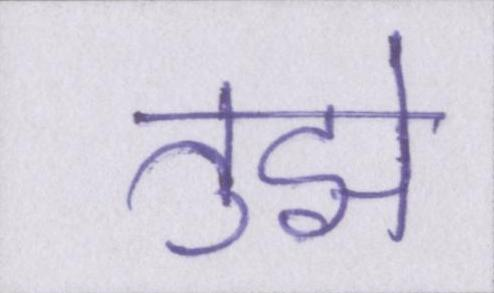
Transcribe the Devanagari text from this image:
तुझे